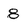
Character: 8